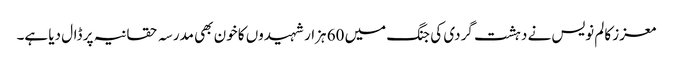
معزز کالم نویس نے دہشت گردی کی جنگ میں 60 ہزار شہیدوں کا خون بھی مدرسہ حقانیہ پر ڈال دیا ہے۔